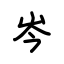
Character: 岑